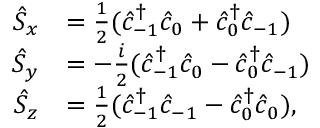
\begin{array} { r l } { \hat { S } _ { x } } & { = \frac { 1 } { 2 } ( \hat { c } _ { - 1 } ^ { \dagger } \hat { c } _ { 0 } + \hat { c } _ { 0 } ^ { \dagger } \hat { c } _ { - 1 } ) } \\ { \hat { S } _ { y } } & { = - \frac { i } { 2 } ( \hat { c } _ { - 1 } ^ { \dagger } \hat { c } _ { 0 } - \hat { c } _ { 0 } ^ { \dagger } \hat { c } _ { - 1 } ) } \\ { \hat { S } _ { z } } & { = \frac { 1 } { 2 } ( \hat { c } _ { - 1 } ^ { \dagger } \hat { c } _ { - 1 } - \hat { c } _ { 0 } ^ { \dagger } \hat { c } _ { 0 } ) , } \end{array}